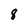
Character: 8